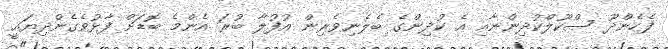
ފެހެންދޫ ސްކޫލްކުދިންނާއި އެ ކުދިންގެ ބެލެނިވެރިން އުފުލާ ބުރަ އެންމެ ބޮޑަށް ފާޅުވެގެންދިޔައީ